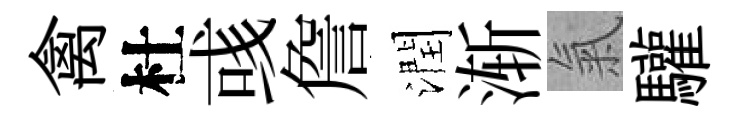
禽杜彧詹潤渐氣驩